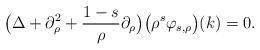
LaTeX: \begin{align*} \big( \Delta+\partial_\rho^2 +\frac{1-s}{\rho} \partial_\rho \big) \big(\rho^s \varphi_{s,\rho}\big)(k) = 0 .\end{align*}